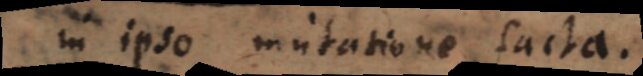
in ipso mutatione facta.